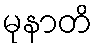
မုနာတိ